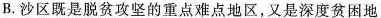
B.沙区既是脱贫攻坚的重点难点地区，又是深度贫困地